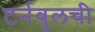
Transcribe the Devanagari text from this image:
टर्नबुलची